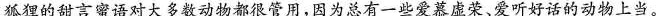
狐狸的甜言蜜语对大多数动物都很管用，因为总有一些爱慕虚荣、爱听好话的动物上当。